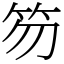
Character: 笏